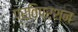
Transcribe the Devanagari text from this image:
प्रतिप्रश्न